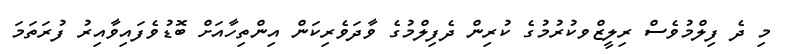
މި ދެ ފިލްމުވެސް ރިލީޒްވކުރުމުގެ ކުރިން ދެފިލްމުގެ ވާދަވެރިކަން އިންތިހާއަށް ބޮޑުވެފައިވާއިރު ފުރަތަމަ